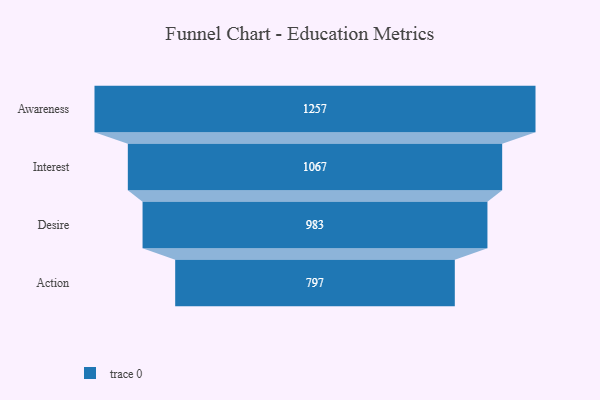
{"axis": {"x": "Stage", "y": "Value"}, "legend": [""], "data": [{"x": "Awareness", "y": 1257.0, "type": ""}, {"x": "Interest", "y": 1067.0, "type": ""}, {"x": "Desire", "y": 983.0, "type": ""}, {"x": "Action", "y": 797.0, "type": ""}]}